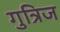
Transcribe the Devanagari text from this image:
गुत्रिज